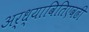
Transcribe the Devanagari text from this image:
अर्ध्यावितिएवढी